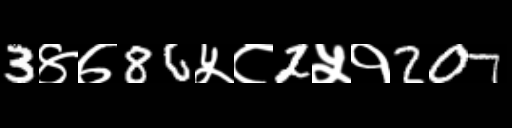
Text: 3४७86५८2५१207